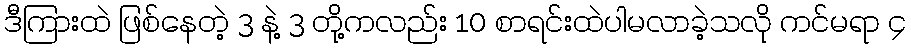
ဒီကြားထဲ ဖြစ်နေတဲ့ 3 နဲ့ 3 တို့ကလည်း 10 စာရင်းထဲပါမလာခဲ့သလို ကင်မရာ ၄